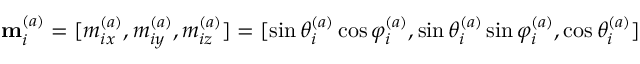
\mathbf { m } _ { i } ^ { ( a ) } = [ m _ { i x } ^ { ( a ) } , m _ { i y } ^ { ( a ) } , m _ { i z } ^ { ( a ) } ] = [ \sin \theta _ { i } ^ { ( a ) } \cos \varphi _ { i } ^ { ( a ) } , \sin \theta _ { i } ^ { ( a ) } \sin \varphi _ { i } ^ { ( a ) } , \cos \theta _ { i } ^ { ( a ) } ]